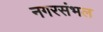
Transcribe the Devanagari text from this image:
नगरसंभल